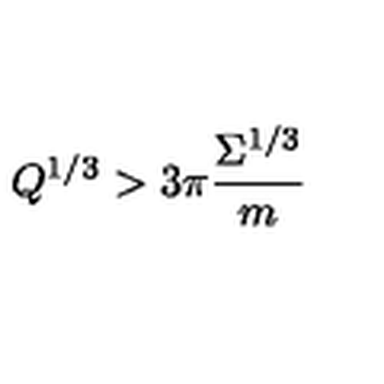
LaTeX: Q ^ { 1 / 3 } > 3 \pi \frac { \Sigma ^ { 1 / 3 } } m